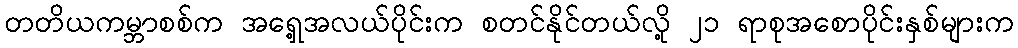
တတိယကမ္ဘာစစ်က အရှေ့အလယ်ပိုင်းက စတင်နိုင်တယ်လို့ ၂၁ ရာစုအစောပိုင်းနှစ်များက